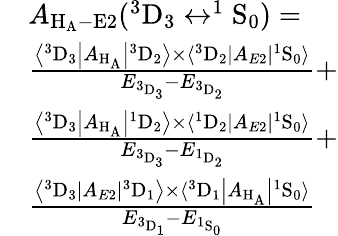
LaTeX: \begin{array}{rl}&{A_{\mathrm{H_{A}}-\mathrm{E}2}(^{3}\mathrm{D}_{3}\leftrightarrow^{1}\mathrm{S}_{0})=}\\ &{\frac{\left\langle^3\mathrm{D}_{3}\left|A_{\mathrm{H_{A}}}\right|{^3\mathrm{D}_{2}}\right\rangle\times\langle^{3}\mathrm{D}_{2}|A_{E2}|^{1}\mathrm{S}_{0}\rangle}{E_{^3\mathrm{D}_{3}}-E_{^3\mathrm{D}_{2}}}+}\\ &{\frac{\left\langle^3\mathrm{D}_{3}\left|A_{\mathrm{H_{A}}}\right|{^1\mathrm{D}_{2}}\right\rangle\times\langle^{1}\mathrm{D}_{2}|A_{E2}|^{1}\mathrm{S}_{0}\rangle}{E_{^3\mathrm{D}_{3}}-E_{^1\mathrm{D}_{2}}}+}\\ &{\frac{\left\langle{^3\mathrm{D}_{3}}|A_{E2}|^{3}\mathrm{D}_{1}\right\rangle\times\langle^{3}\mathrm{D}_{1}\left|A_{\mathrm{H_{A}}}\right|{^1\mathrm{S}_{0}}\rangle}{E_{^3\mathrm{D}_{1}}-E_{^1\mathrm{S}_{0}}}}\end{array}